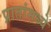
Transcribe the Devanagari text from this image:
प्रातांमध्ये